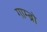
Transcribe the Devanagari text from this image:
गाम्ब्रो